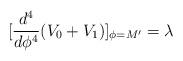
LaTeX: \begin{align*}[\frac{d^4}{d\phi^4}(V_0+V_1)]_{\phi=M'}=\lambda\end{align*}